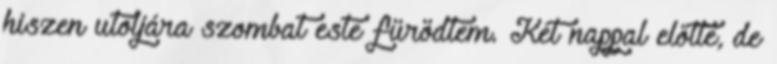
hiszen utoljára szombat este fürödtem. Két nappal előtte, de